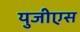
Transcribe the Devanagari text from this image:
युजीएस